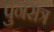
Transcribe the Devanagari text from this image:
पुनसत्र